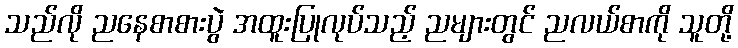
သည်လို ညနေစာစားပွဲ အထူးပြုလုပ်သည့် ညများတွင် ညလယ်စာကို သူတို့